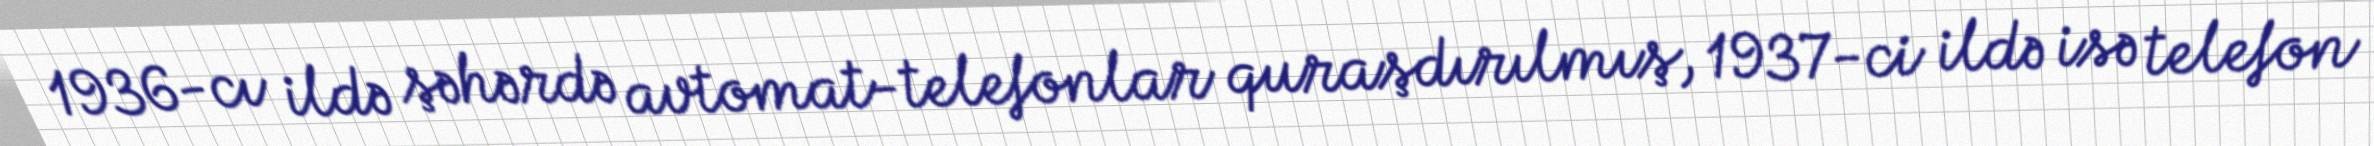
1936-cı ildə şəhərdə avtomat-telefonlar quraşdırılmış, 1937-ci ildə isə telefon